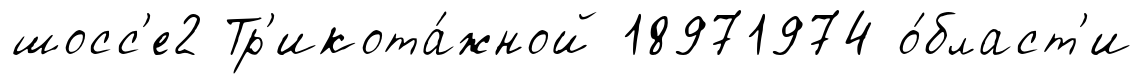
шосс'е2 Тр'икота́жной 18971974 о́бласт'и